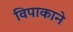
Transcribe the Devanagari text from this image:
विपाकाने